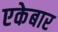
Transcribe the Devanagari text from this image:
एकेबार